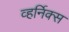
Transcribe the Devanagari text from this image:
व्हर्निक्स